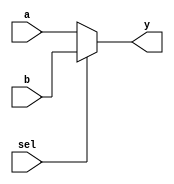
`timescale 1ns / 1ps
//////////////////////////////////////////////////////////////////////////////////
// Company: 
// Engineer: 
// 
// Design Name: 
// Module Name: mux
// Project Name: 
// Target Devices: 
// Tool Versions: 
// Description: 
// 
// Dependencies: 
// 
// Revision:
// Revision 0.01 - File Created
// Additional Comments:
// 
//////////////////////////////////////////////////////////////////////////////////


module mux2 #(parameter mux_width= 32)
  (   input [mux_width-1:0] a,b,
      input sel,
      output [mux_width-1:0] y
  );
      assign y = sel ? b : a;
 endmodule